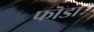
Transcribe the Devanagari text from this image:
फॊडा